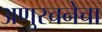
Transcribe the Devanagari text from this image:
अणुरचनेचा